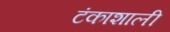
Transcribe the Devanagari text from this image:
टंकाशाली